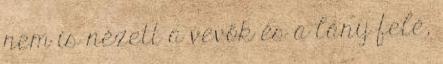
nem is nézett a vevők és a lány felé,